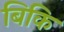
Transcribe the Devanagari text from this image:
बिकि